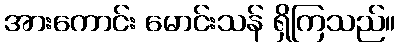
အားကောင်း မောင်းသန် ရှိကြသည်။